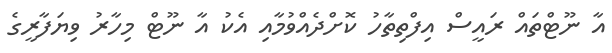
އާ ނޫޓްތައް ރައީސް އިފްތިތާހު ކޮށްދެއްވުމާއި އެކު އާ ނޫޓް މިހާރު ވިޔަފާރީގެ